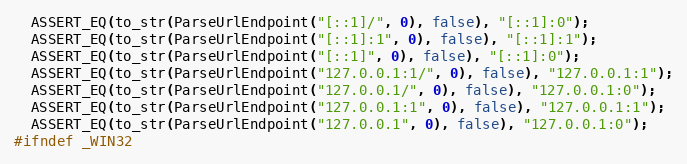
Language: C++
  ASSERT_EQ(to_str(ParseUrlEndpoint("[::1]/", 0), false), "[::1]:0");
  ASSERT_EQ(to_str(ParseUrlEndpoint("[::1]:1", 0), false), "[::1]:1");
  ASSERT_EQ(to_str(ParseUrlEndpoint("[::1]", 0), false), "[::1]:0");
  ASSERT_EQ(to_str(ParseUrlEndpoint("127.0.0.1:1/", 0), false), "127.0.0.1:1");
  ASSERT_EQ(to_str(ParseUrlEndpoint("127.0.0.1/", 0), false), "127.0.0.1:0");
  ASSERT_EQ(to_str(ParseUrlEndpoint("127.0.0.1:1", 0), false), "127.0.0.1:1");
  ASSERT_EQ(to_str(ParseUrlEndpoint("127.0.0.1", 0), false), "127.0.0.1:0");
#ifndef _WIN32